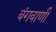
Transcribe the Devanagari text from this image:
बंगवाणी